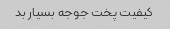
کیفیت پخت جوجه بسیار بد